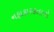
નફાકારકતાનો